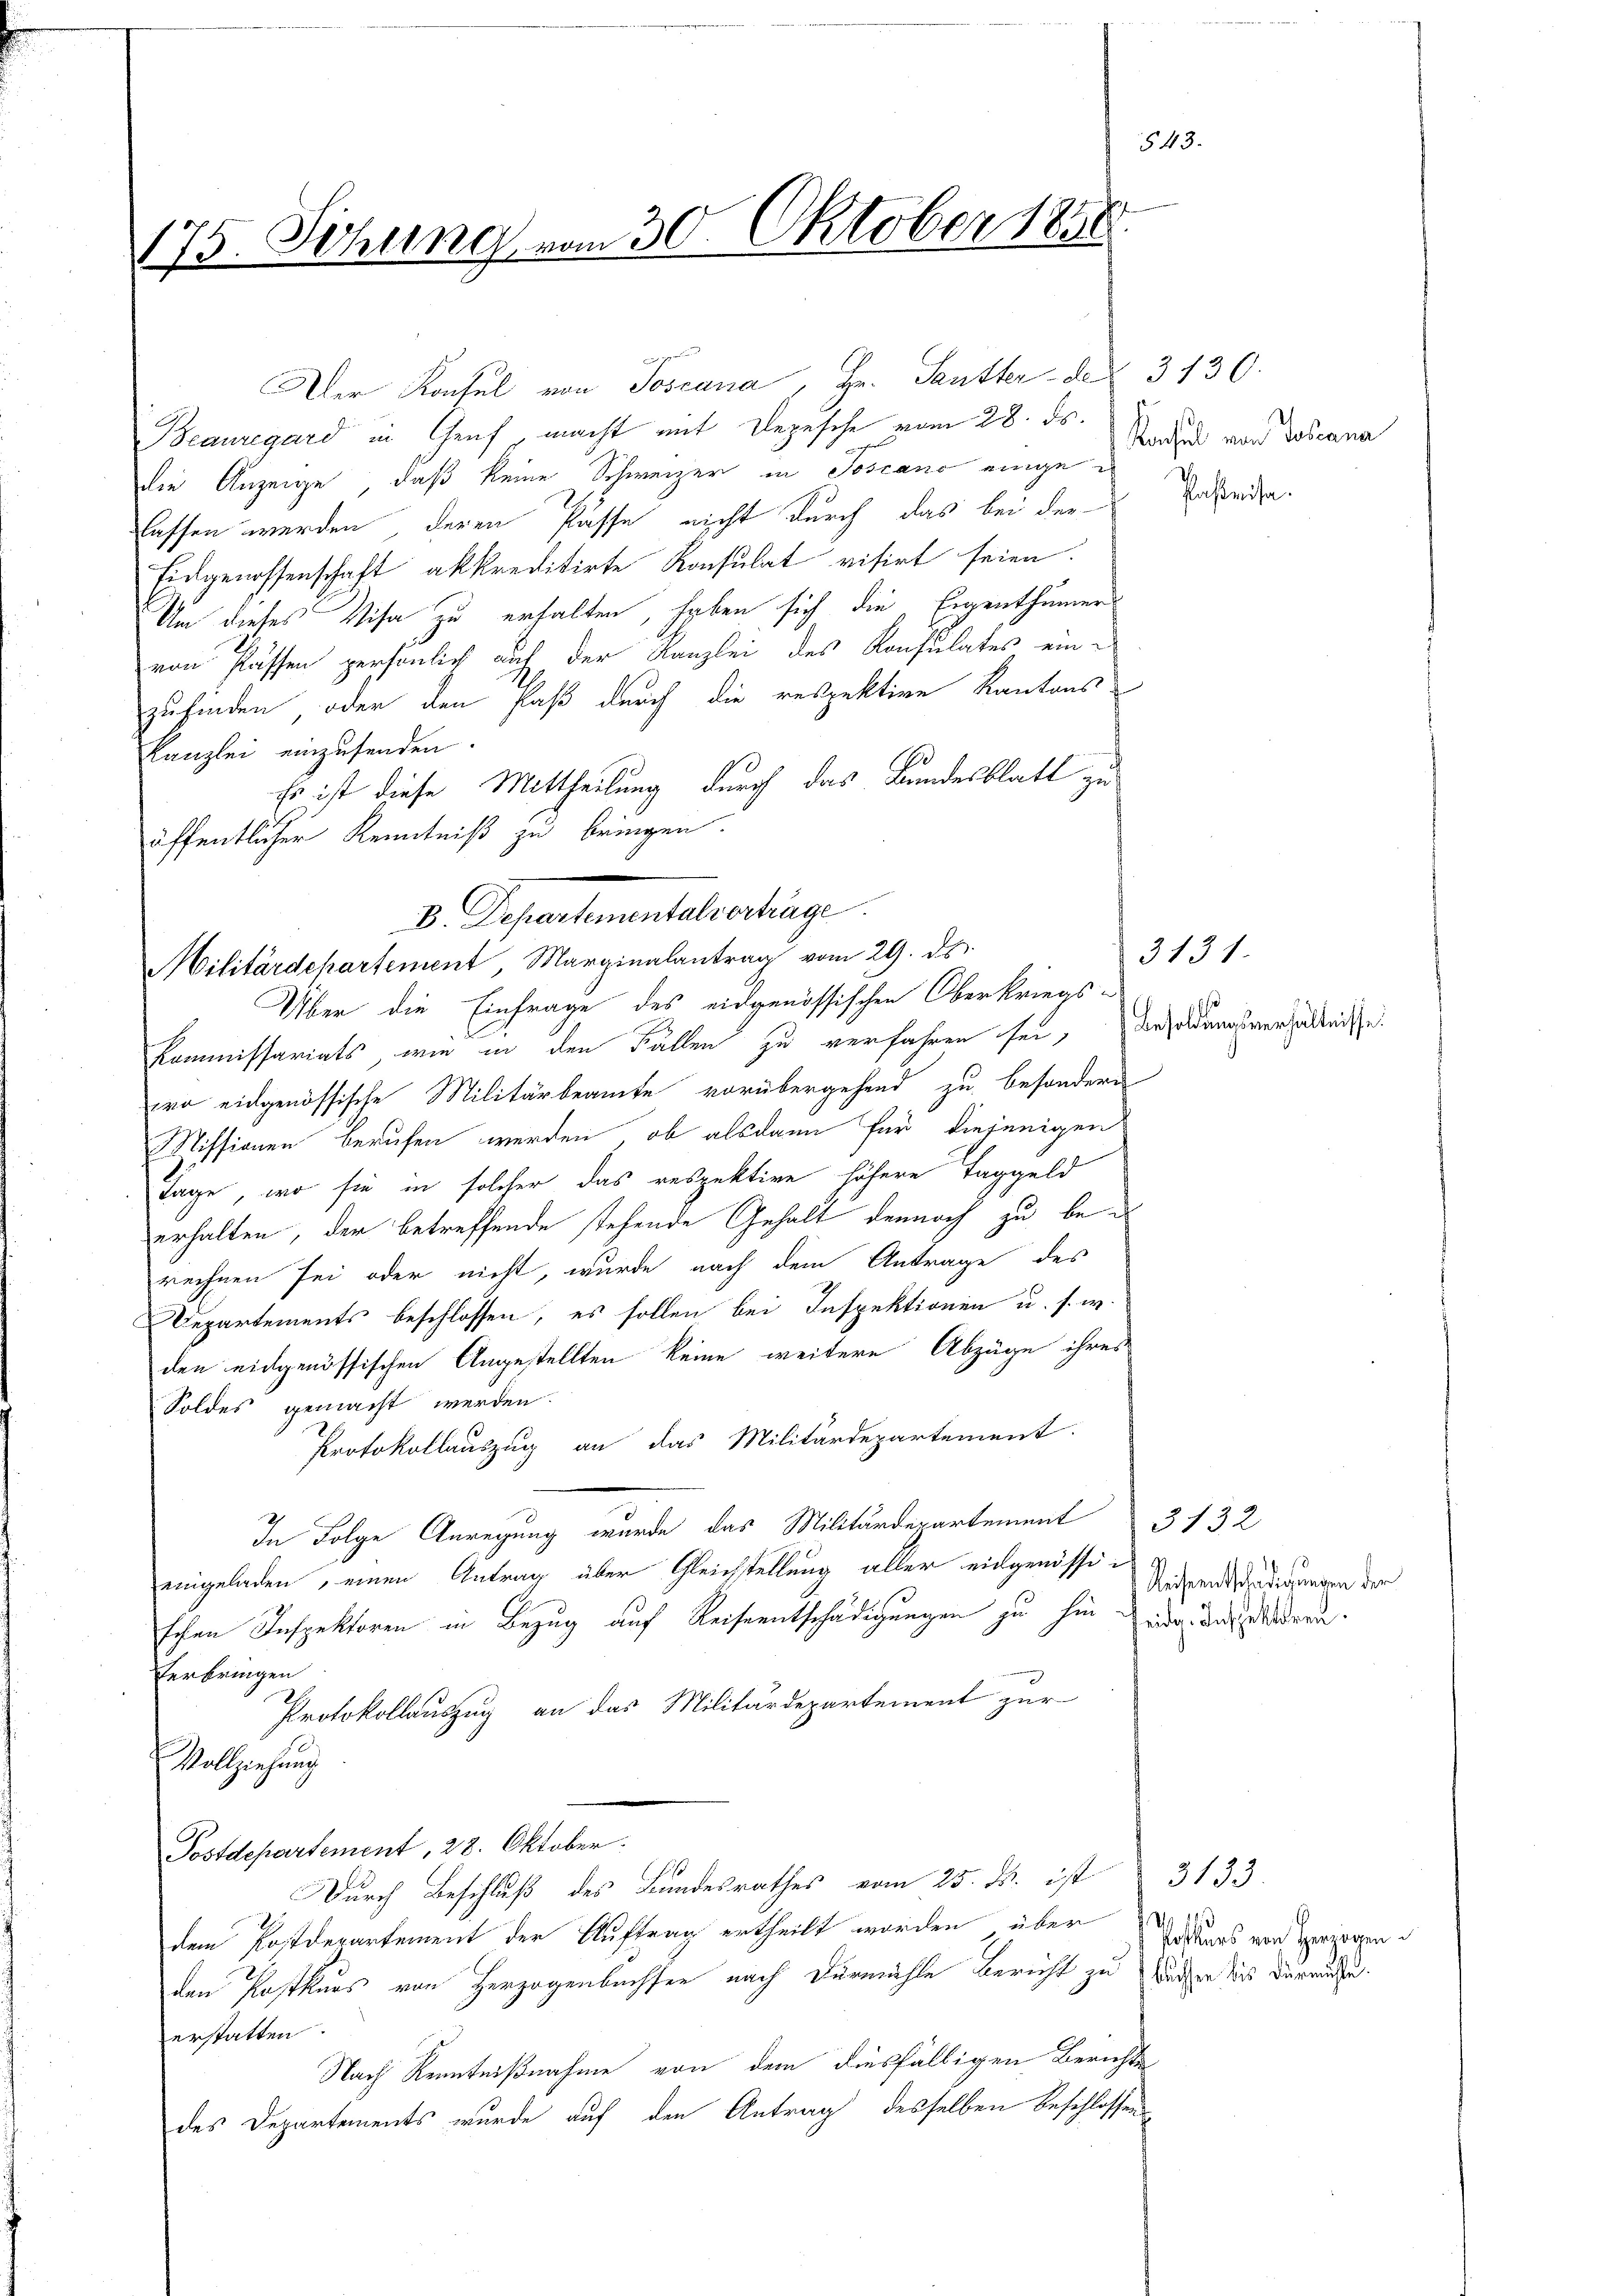
175. Sitzung vom 30. Oktober 1858.

Beauregard in Genf, macht mit Depesche vom 28. ds.
die Anzeige, daß keine Schweizer in Toscano eingelassen werden, deren Pässe nicht durch das bei der
Eidgenossenschaft akkreditirte Konsulat visirt seien.
Um dieses Visa zu erhalten, haben sich die Eigenthümer
von Passen persönlich auf der Kanzlei des Konsulates einzufinden, oder den Paß durch die respektive Kantons-
Kanzlei einzusenden.
Es ist diese Mittheilung durch das Bundesblatt zu
öffentlicher Kenntniß zu bringen.
Über die Einfrage des eidgenössischen Oberkriegs-
Kommissariats, wie in den Fällen zu verfahren sei,
wo eidgenössische Militärbeamte vorübergehend zu besondern
Missionen berufen werden, ob alsdann für diejenigen
Tage, wo sie in solcher das respektive höhere Taggeld
erhalten, der betreffende stehende Gehalt dennoch zu berechnen sei oder nicht, wurde nach dem Antrage des
Departements beschlossen, es sollen bei Inspektionen u. s. w.
den eidgenössischen Angestellten keine weitere Abzüge ihres
Soldes gemacht werden.
Protokollauszug an das Militärdepartement.
In Folge Anregung wurde das Militärdepartement  3132
eingeladen, einen Antrag über Gleichstellung aller eidgenössischen Inspektoren in Bezug auf Reiseentschädigungen zu hin und das widern.
Verbringen
Protokollauszug an das Militärdepartement zur
Vollziehung
Postdepartement, 28. Oktober.
Durch Beschluß des Bundesrathes vom 25. ds. ist
dem Postdepartement der Auftrag ertheilt worden über de
den Postkurs von Herzogenbuchsen nach Dürmühle bericht zu Wäden dies darausse
erstatten.
Nach Kenntnißnahme von dem diesfälligen Berichte
des Departements wurde auf den Antrag desselben Beschlossens

B. Departementalvertrage
Militärdepartement, Marginalantrag vom 29. ds.

Der Konsul von Toscana, Hr. Sautter- den 3130.

143

Konsul von Johana

Pastleise.

Besoldungsverhältnisse:

3131.

110
Reiseentschädigungen der

Postkurs von Herzogen

3133.